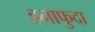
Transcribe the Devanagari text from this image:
हनाफुदा